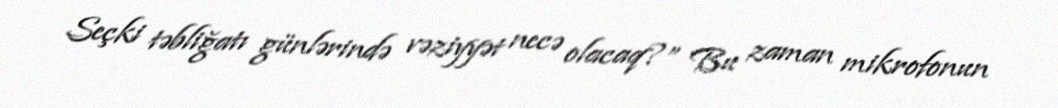
Seçki təbliğatı günlərində vəziyyət necə olacaq?” Bu zaman mikrofonun